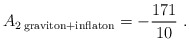
\begin{align*}A_{2 \; {\rm graviton} + {\rm inflaton}}=-{171\over 10} \; .\end{align*}